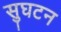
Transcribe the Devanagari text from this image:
सुघटन